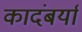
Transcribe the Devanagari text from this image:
कादंबर्या